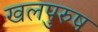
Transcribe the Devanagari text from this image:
खलपुरुष